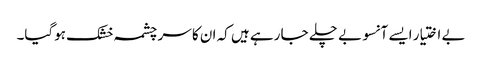
بے اختیار ایسے آنسو بے چلے جا رہے ہیں کہ ان کا سر چشمہ خشک ہوگیا۔